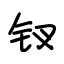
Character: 钗